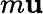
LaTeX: m{\mathbf u}